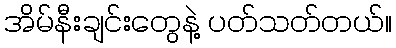
အိမ်နီးချင်းတွေနဲ့ ပတ်သတ်တယ်။